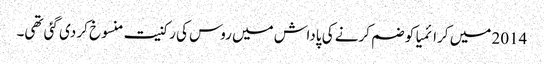
2014 میں کرائمیا کو ضم کرنے کی پاداش میں روس کی رکنیت منسوخ کر دی گئی تھی۔